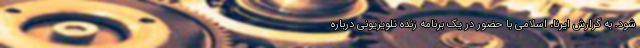
شود. به گزارش ایرنا، اسلامی با حضور در یک برنامه زنده تلویزیونی درباره